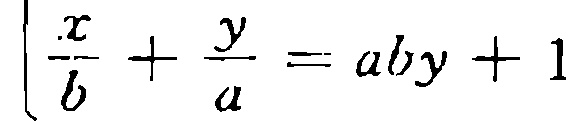
$\frac{x}{b}+\frac{y}{a}=aby + 1$